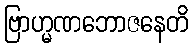
ဗြာဟ္မဏဘောဇနေတိ